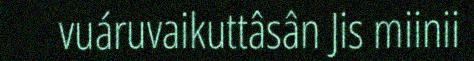
vuáruvaikuttâsân Jis miinii